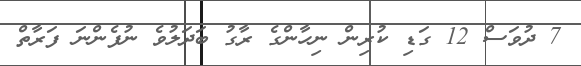
7 ދުވަސް 12 ގަޑި ކުރިން ނިހާންގެ ރާގު ބަދަލުވެ ނުފެންނަ ފަރާތް